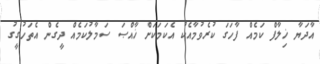
އާދަޔާ ޚިލާފް ކަމެއް ފާހަގަ ކުރެވުމާއެކު އެކަމަކަށް ޚާއްޞަ ސަމާލުކަމެއް ދީގެން އެތަހުގީގު